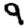
Digit: 9